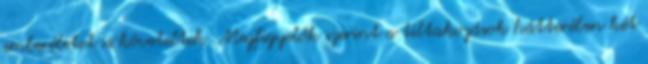
emberéletet is követeltek. Megfigyelők szerint a tiltakozások hátterében két